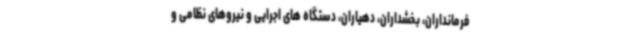
فرمانداران، بخشداران، دهیاران، دستگاه های اجرایی و نیروهای نظامی و